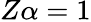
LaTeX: Z\alpha=1